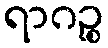
ရာဂဉ္စ